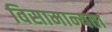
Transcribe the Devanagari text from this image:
विसामान्यता